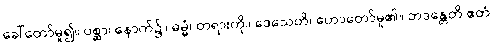
ခေါ်တော်မူ၍။ ပစ္ဆာ၊ နောက်၌။ ဓမ္မံ၊ တရားကို။ ဒေသေတိ၊ ဟောတော်မူ၏။ ဘဒန္တေတိ ဧတံ